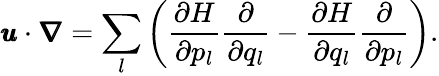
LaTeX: \pmb{u}\cdot\pmb{\nabla}=\sum_{l}\left(\frac{\partial H}{\partial p_{l}}\frac{\partial}{\partial q_{l}}-\frac{\partial H}{\partial q_{l}}\frac{\partial}{\partial p_{l}}\right).